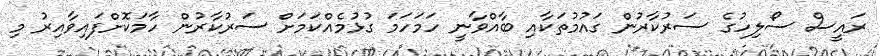
ރައީސް ސޯލިހުގެ ސަރުކާރުން ގައުމުތަކާއި ބާއްވާނީ ހަމަހަމަ ގުޅުމެއްކަމަށް ސަރުކާރުން ހާމަކޮށްފައިވާއިރު މި